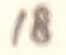
Text: 18